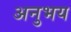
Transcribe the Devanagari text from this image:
अनुभय